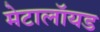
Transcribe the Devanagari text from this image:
मेटालॉयड